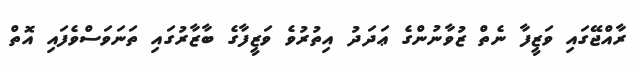
ރާއްޖޭގައި ވަޒީފާ ނެތް ޒުވާނުންގެ ޢަދަދު އިތުރުވެ ވަޒީފާގެ ބާޒާރުގައި ތަނަވަސްވެފައި އޮތް